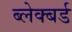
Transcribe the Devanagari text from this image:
ब्लेक्बर्ड